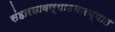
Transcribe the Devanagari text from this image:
संहारछावण्याउभारण्यात